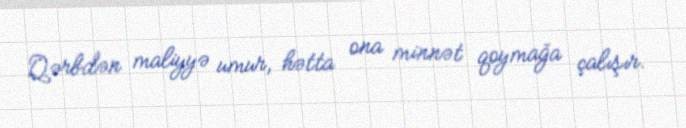
Qərbdən maliyyə umur, hətta ona minnət qoymağa çalışır.